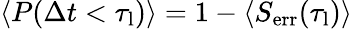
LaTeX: \langle P(\Delta t<\tau_{\mathrm{l}})\rangle=1-\langle S_{\mathrm{err}}(\tau_{\mathrm{l}})\rangle